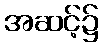
အဆင့်၌